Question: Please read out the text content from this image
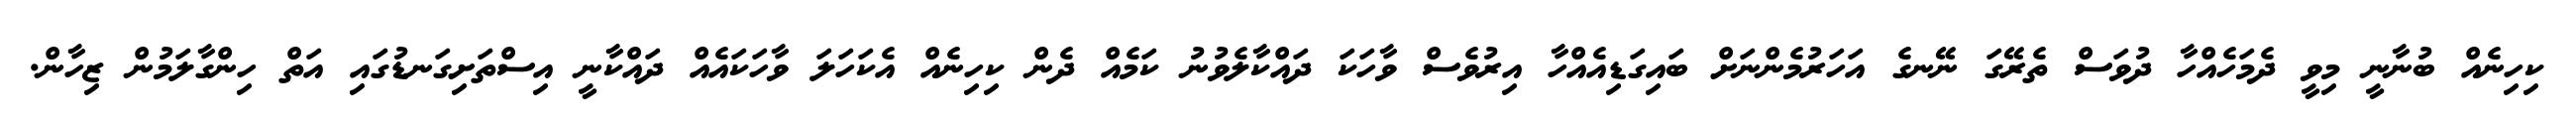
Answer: ކިހިނެއް ބުނާނީ މިވީ ދެމަހެއްހާ ދުވަސް ތެރޭގަ ނޭނގެ އަހަރުމެންނަށް ބައިގަޑިއެއްހާ އިރުވެސް ވާހަކަ ދައްކާލެވުނު ކަމެއް ދެން ކިހިނެއް އެކަހަލަ ވާހަކައެއް ދައްކާނީ އިސްތަށިގަނޑުގައި އަތް ހިންގާލަމުން ޒިހާން.